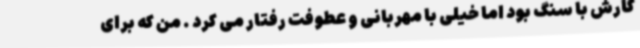
کارش با سنگ بود اما خیلی با مهربانی و عطوفت رفتار می کرد . من که برای